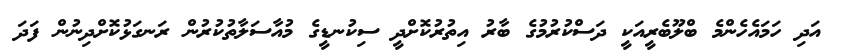
އަދި ހަމައެހެންމެ ބްލޫބެރީއަކީ ދަސްކުރުމުގެ ބާރު އިތުރުކޮށްދީ ސިކުނޑީގެ މުއާސަލާތުކުރުން ރަނގަޅުކޮށްދިނުން ފަދަ